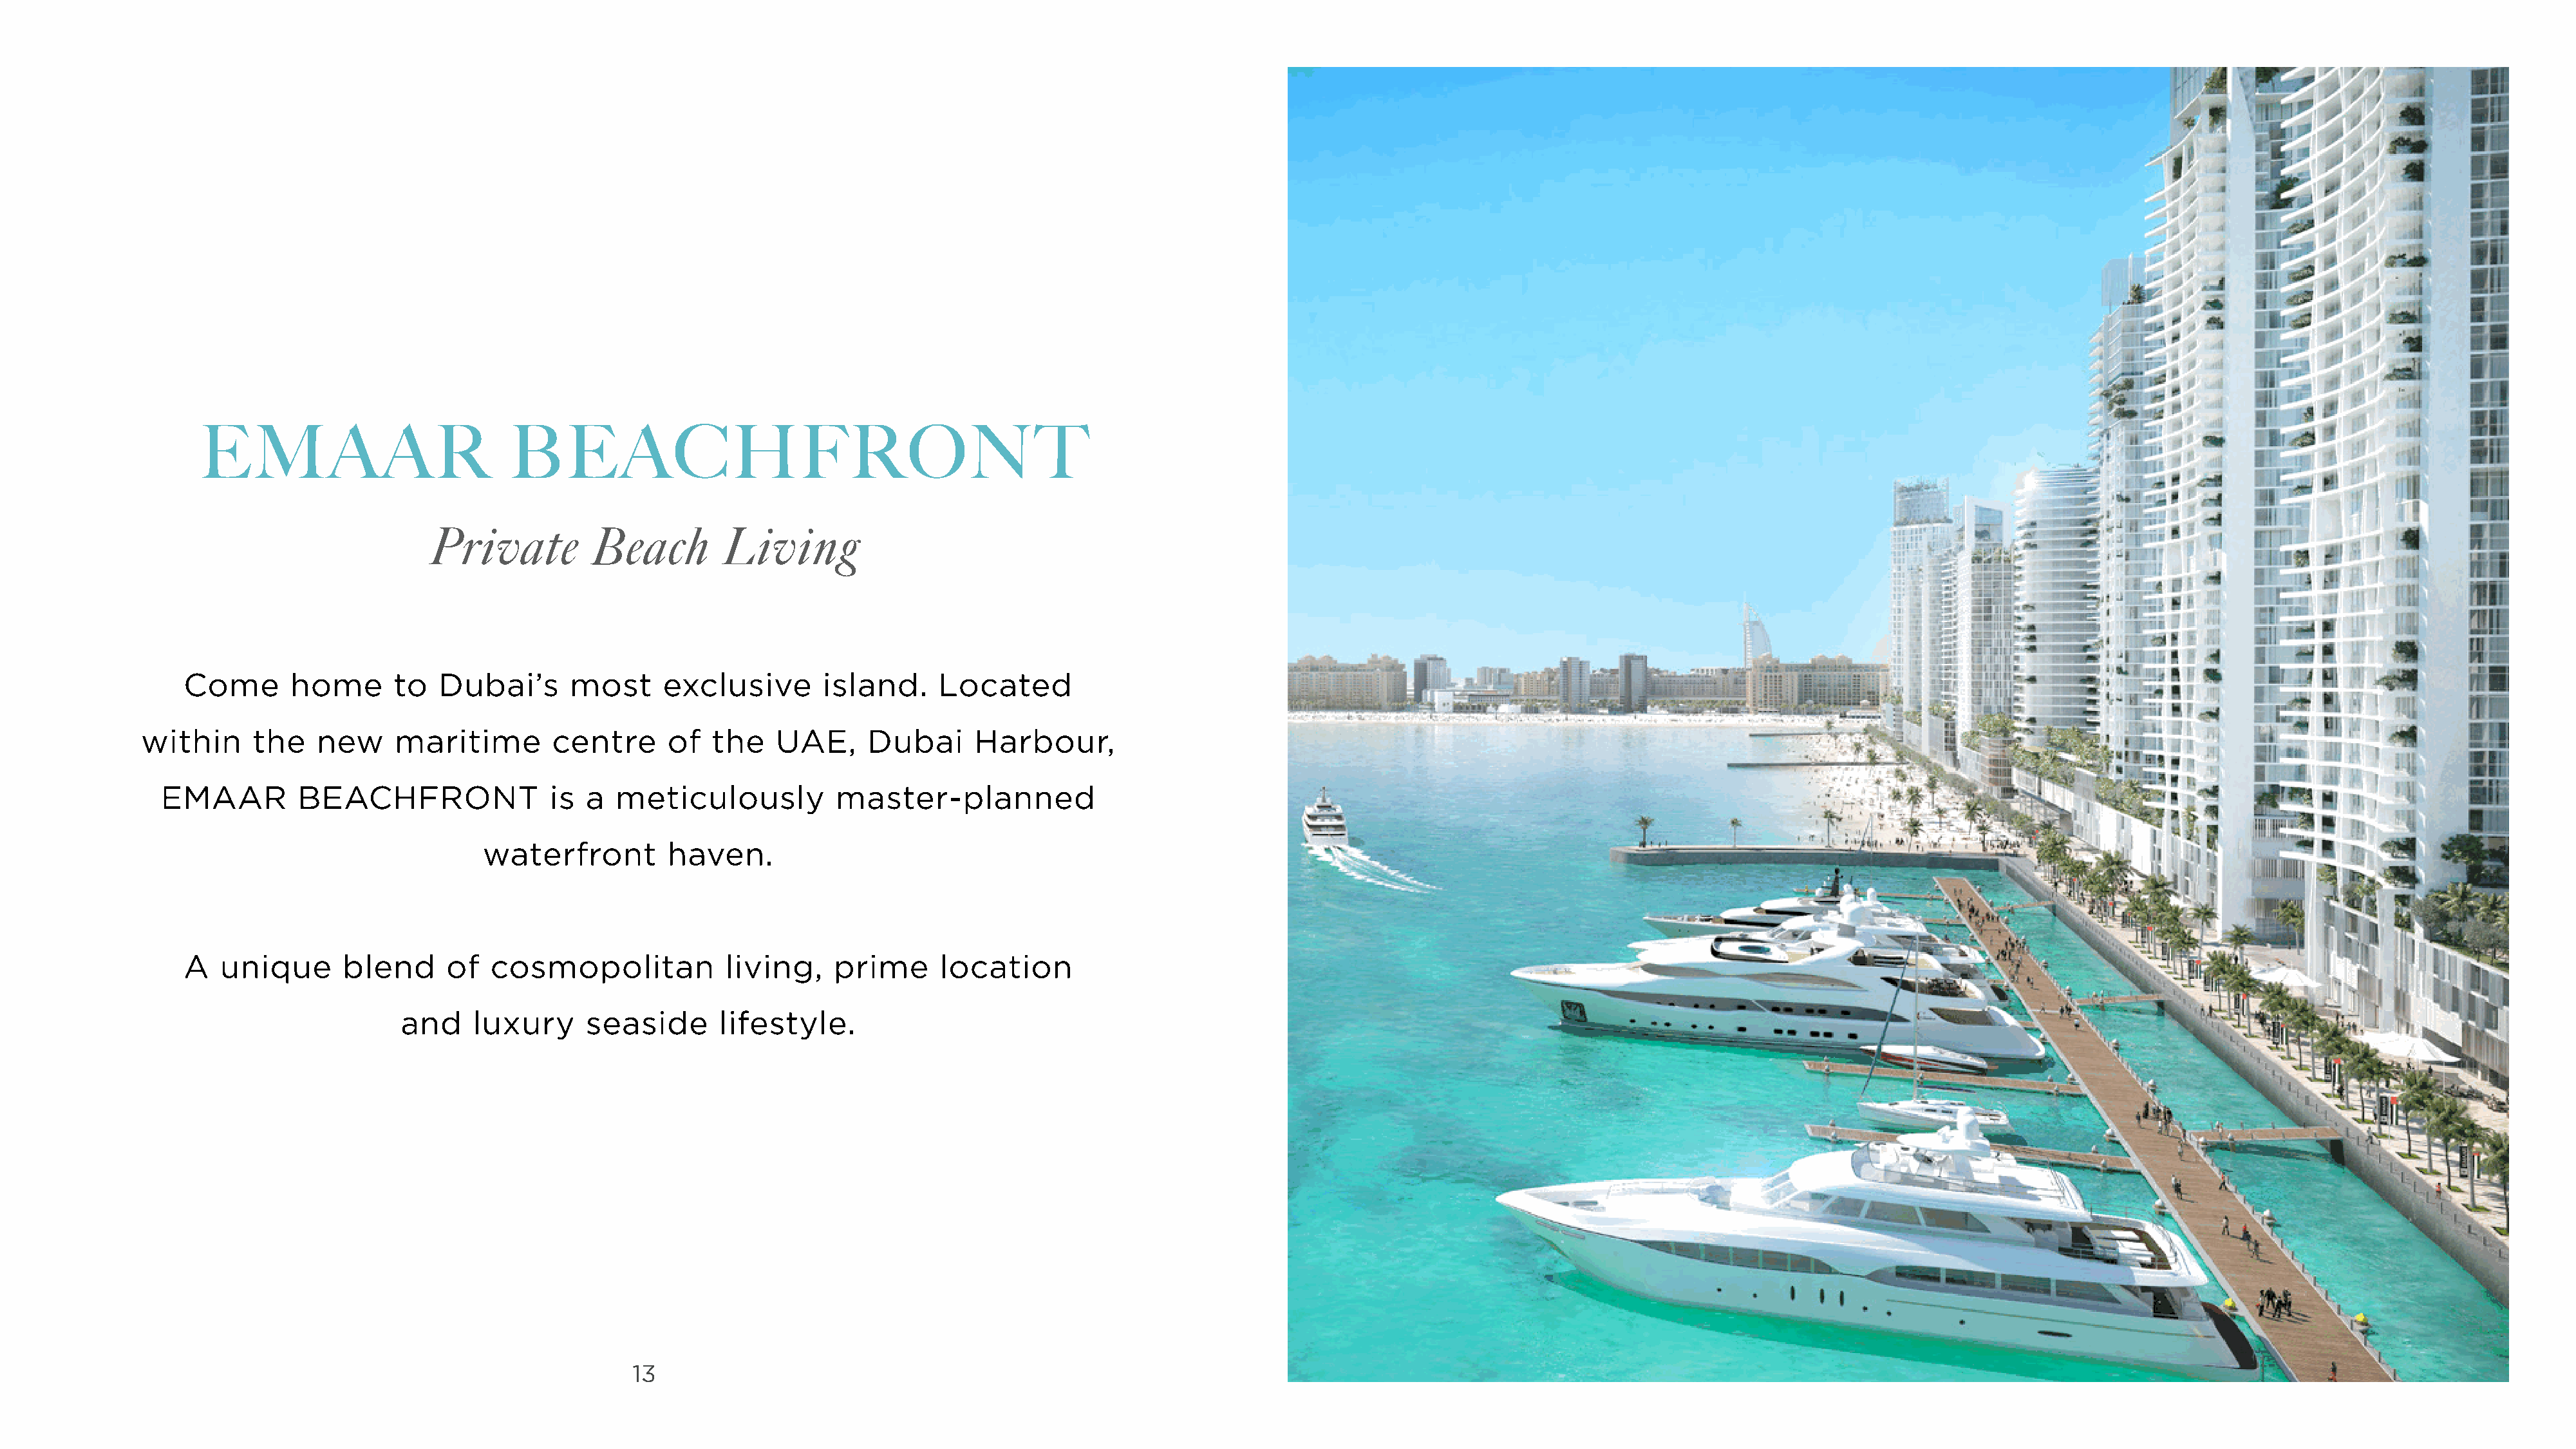
EMAAR                           BEACHFRONT
 Private          Beach        Living
 Come       home      to   Dubai’s       most     exclusive        island.    Located
 within      the    new     maritime        centre      of  the    UAE,     Dubai      Harbour,
 EMAAR         BEACHFRONT                is a  meticulously           master-planned
 waterfront         haven.
 A   unique      blend      of  cosmopolitan             living,    prime      location
 and     luxury     seaside       lifestyle.
 13